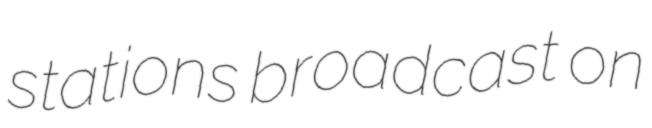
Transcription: stations broadcast on